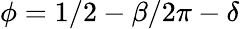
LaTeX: \phi=1/2-\beta/2\pi-\delta